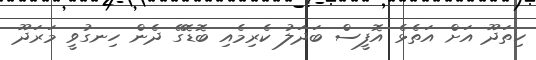
ހިތަދޫ އަށް އަތެޅެ އޮފީސް ބަދަލު ކެރިމެއި ބޮޑޮގޭ ދެން ހިނގުވީ މަރަދޫ